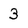
Character: 3